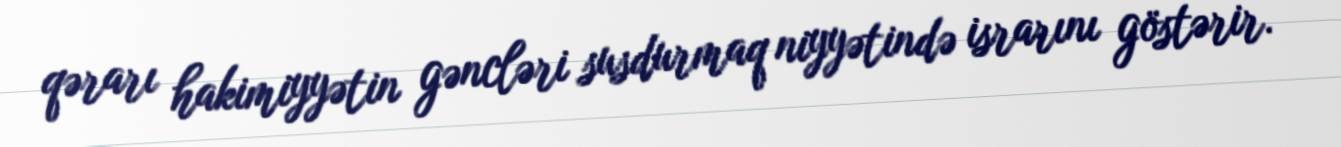
qərarı hakimiyyətin gəncləri susdurmaq niyyətində israrını göstərir.